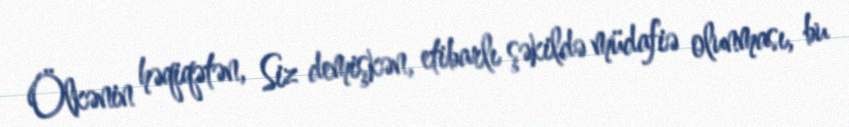
Ölkənin həqiqətən, Siz demişkən, etibarlı şəkildə müdafiə olunması, bu